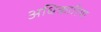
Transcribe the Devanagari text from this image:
अधिकारिया